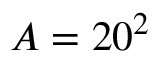
A = 2 0 ^ { 2 }